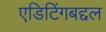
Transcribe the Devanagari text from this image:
एडिटिंगबद्दल